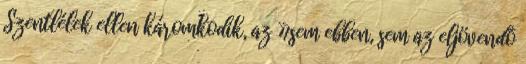
Szentlélek ellen káromkodik, az »sem ebben, sem az eljövendõ